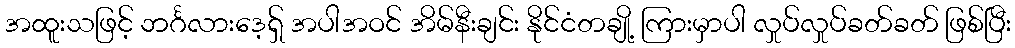
အထူးသဖြင့် ဘင်္ဂလားဒေ့ရှ် အပါအဝင် အိမ်နီးချင်း နိုင်ငံတချို့ ကြားမှာပါ လှုပ်လှုပ်ခတ်ခတ် ဖြစ်ပြီး